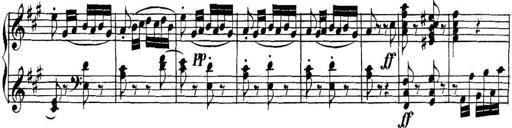
Title: Collected Piano Sonatas
Composer: Muzio Clementi